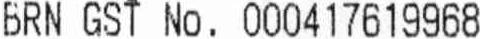
BRN GST NO . 000417619968